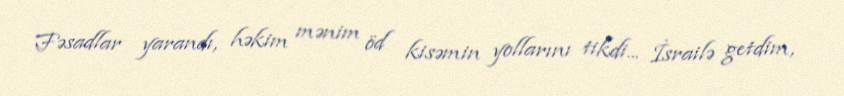
Fəsadlar yarandı, həkim mənim öd kisəmin yollarını tikdi... İsrailə getdim,